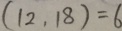
( 1 2 , 1 8 ) = 6